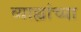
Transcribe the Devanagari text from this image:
व्याह्यांच्या